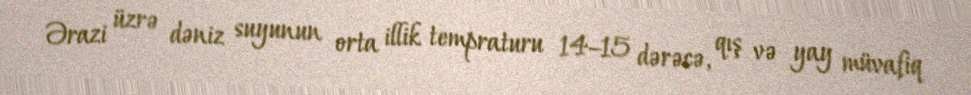
Ərazi üzrə dəniz suyunun orta illik tempraturu 14–15 dərəcə, qış və yay müvafiq